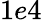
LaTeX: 1e4